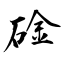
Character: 碒